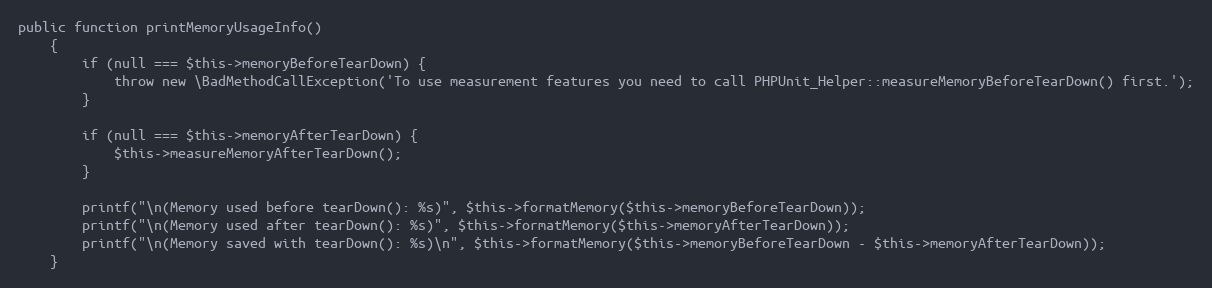
Language: PHP
public function printMemoryUsageInfo()
    {
        if (null === $this->memoryBeforeTearDown) {
            throw new \BadMethodCallException('To use measurement features you need to call PHPUnit_Helper::measureMemoryBeforeTearDown() first.');
        }

        if (null === $this->memoryAfterTearDown) {
            $this->measureMemoryAfterTearDown();
        }

        printf("\n(Memory used before tearDown(): %s)", $this->formatMemory($this->memoryBeforeTearDown));
        printf("\n(Memory used after tearDown(): %s)", $this->formatMemory($this->memoryAfterTearDown));
        printf("\n(Memory saved with tearDown(): %s)\n", $this->formatMemory($this->memoryBeforeTearDown - $this->memoryAfterTearDown));
    }